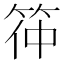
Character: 筗